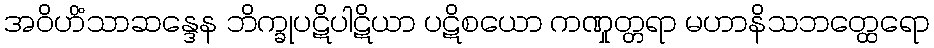
အဝိဟိံသာဆန္ဒေန ဘိက္ခုပဋိပါဋိယာ ပဋိစယော ကဏှုတ္တရာ မဟာနိသဘတ္ထေရော